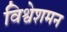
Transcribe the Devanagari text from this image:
विश्वेशमन